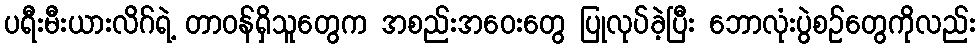
ပရီးမီးယားလိဂ်ရဲ့ တာဝန်ရှိသူတွေက အစည်းအဝေးတွေ ပြုလုပ်ခဲ့ပြီး ဘောလုံးပွဲစဉ်တွေကိုလည်း